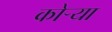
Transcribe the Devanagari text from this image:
कोऱ्‍या